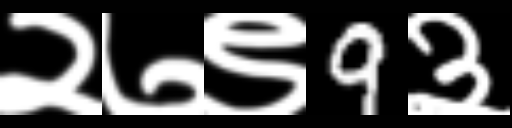
Text: २७९9३